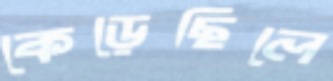
কেড়েছিলে